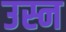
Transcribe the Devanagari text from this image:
उस्न